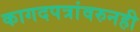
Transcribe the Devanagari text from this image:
कागदपत्रांवरुनही